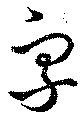
字